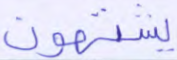
يشتهون